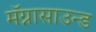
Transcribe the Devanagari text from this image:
मॅग्नासाउन्ड